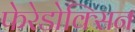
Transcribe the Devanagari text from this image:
फेरेडोक्सिन